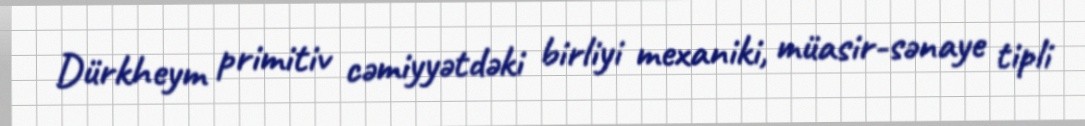
Dürkheym primitiv cəmiyyətdəki birliyi mexaniki, müasir-sənaye tipli